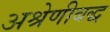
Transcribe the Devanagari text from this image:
अश्रेणीबद्ध